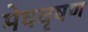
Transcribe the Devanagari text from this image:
मेषवृषण